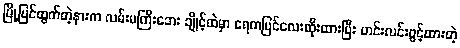
မြို့ပြင်ထွက်တဲ့နားက လမ်းမကြီးဘေး ချိုင့်ထဲမှာ ရေကပြင်လေးထိုးထားပြီး ဟင်းလင်းဖွင့်ထားတဲ့